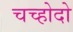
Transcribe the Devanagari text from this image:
चच्होदो